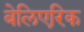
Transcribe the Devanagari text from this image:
बेलिएरिक